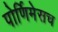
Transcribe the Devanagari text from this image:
पोर्णिमेसच